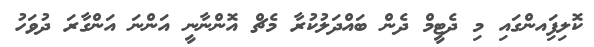
ކޮލިފަިއންގައި މި ދެޓީމް ދެން ބައްދަލުކުރާ މެޗް އޮންނާނީ އަންނަ އަންގާރަ ދުވަހު